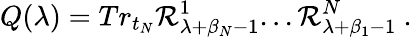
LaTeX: Q(\lambda)=Tr_{t_{N}}{\cal R}_{\lambda+\beta_{N}-1}^{1}...{\cal R}_{\lambda+\beta_{1}-1}^{N}~.